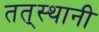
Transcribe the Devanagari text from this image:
तत्‌स्थानी